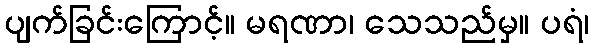
ပျက်ခြင်းကြောင့်။ မရဏာ၊ သေသည်မှ။ ပရံ၊